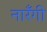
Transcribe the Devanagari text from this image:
नारँगी